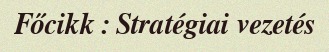
Főcikk : Stratégiai vezetés